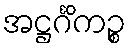
အဋ္ဌင်္ဂိကဉ္စ